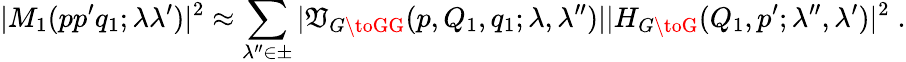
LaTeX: |M_{1}(pp^{\prime}q_{1};\lambda\lambda^{\prime})|^{2}\approx\sum_{\lambda^{\prime\prime}\in\pm}|\mathfrak{V}_{G\toGG}(p,Q_{1},q_{1};\lambda,\lambda^{\prime\prime})||H_{G\toG}(Q_{1},p^{\prime};\lambda^{\prime\prime},\lambda^{\prime})|^{2}\; .